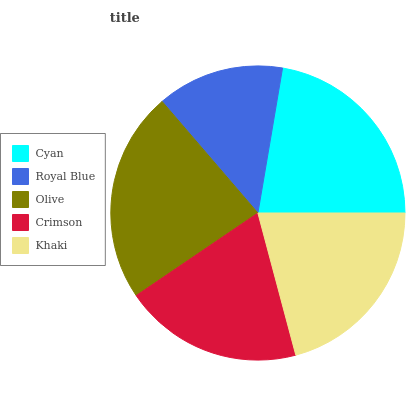
| Cyan | Royal Blue | Olive | Crimson | Khaki |
 | --- | --- | --- | --- | --- |
 | 22.3% | 14% | 23.3% | 19.6% | 20.9% |